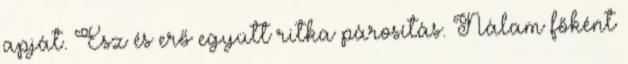
apját. Ész és erő együtt ritka párosítás. Nálam főként